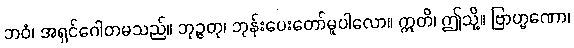
ဘဝံ၊ အရှင်ဂေါတမသည်။ ဘုဉ္ဇတု၊ ဘုန်းပေးတော်မူပါလော။ ဣတိ၊ ဤသို့။ ဗြာဟ္မဏော၊